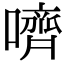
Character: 嚌